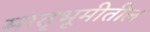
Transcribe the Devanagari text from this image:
मातृभूमीतील